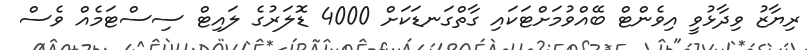
ރިޔާޒު ވިދާޅުވީ އިވެންޓް ބޭއްވުމަށްޓަކައި ގާތްގަނޑަކަށް 4000 ޑޮލަރުގެ ލައިޓް ސިސްޓަމެއް ވެސް